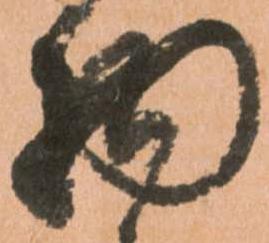
物